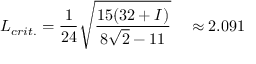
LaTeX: L _ { c r i t . } = \frac { 1 } { 2 4 } \sqrt { \frac { 1 5 ( 3 2 + { \cal I } ) } { 8 \sqrt { 2 } - 1 1 } } ~ ~ ~ \approx 2 . 0 9 1